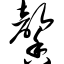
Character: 馨